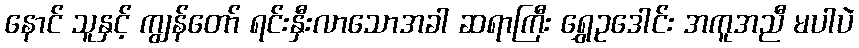
နောင် သူနှင့် ကျွန်တော် ရင်းနှီးလာသောအခါ ဆရာကြီး ရွှေဥဒေါင်း အကူအညီ မပါပဲ